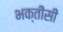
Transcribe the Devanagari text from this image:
भक्तींसी